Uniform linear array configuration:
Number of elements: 12
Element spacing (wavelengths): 1
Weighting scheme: binomial
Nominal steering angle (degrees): -45
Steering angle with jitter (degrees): -46.136
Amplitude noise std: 0.05
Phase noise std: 0.05

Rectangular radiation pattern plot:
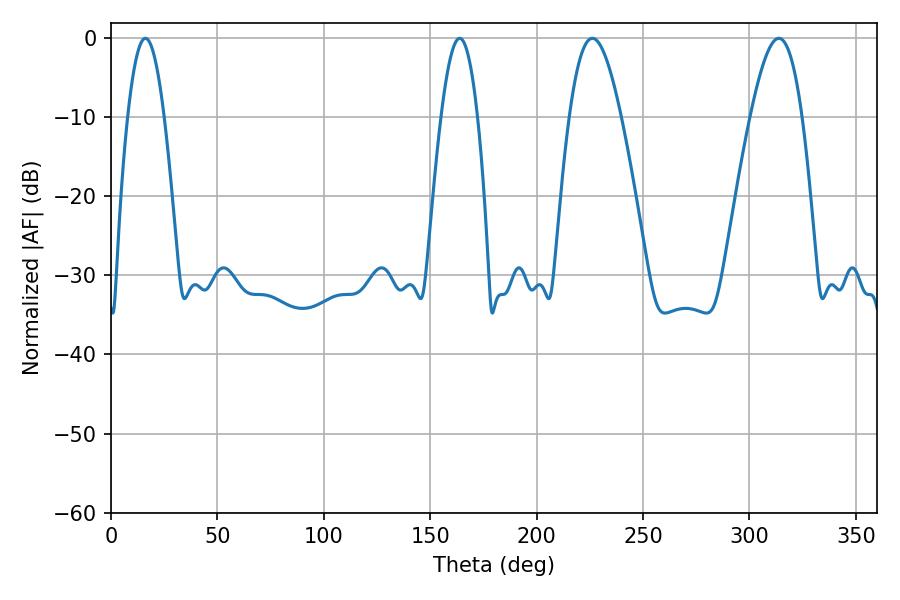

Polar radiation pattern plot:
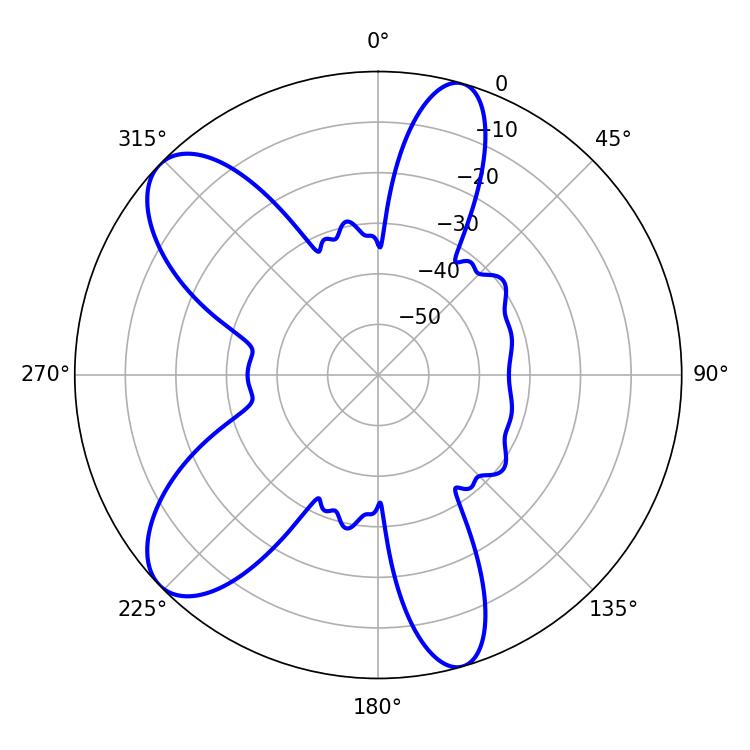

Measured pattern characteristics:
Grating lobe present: TRUE
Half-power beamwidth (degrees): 9.36
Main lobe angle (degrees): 16.2